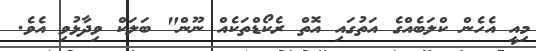
މިއީ އެހެން ކްލަބެއްގެ އަތުގަައި އޮތް ރެކޯޑްތަކެއް ނޫން" ބަލަކް ވިދާޅުވި އެވެ.